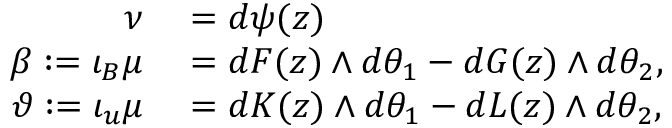
\begin{array} { r l } { \nu } & { { } = d \psi ( z ) } \\ { \beta : = \iota _ { B } \mu } & { { } = d F ( z ) \wedge d \theta _ { 1 } - d G ( z ) \wedge d \theta _ { 2 } , } \\ { \vartheta : = \iota _ { u } \mu } & { { } = d K ( z ) \wedge d \theta _ { 1 } - d L ( z ) \wedge d \theta _ { 2 } , } \end{array}